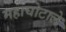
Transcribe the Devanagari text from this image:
महाघोटाले